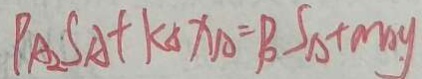
P _ { A _ { 2 } } S _ { A } + k _ { \Delta } X _ { A } = P _ { \Delta } S _ { \Delta } + m _ { A } y